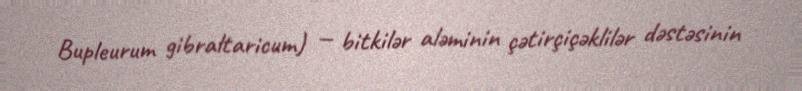
Bupleurum gibraltaricum) — bitkilər aləminin çətirçiçəklilər dəstəsinin